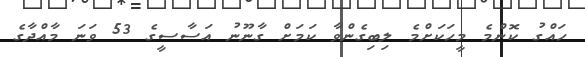
ހައްގު ކޮންމެ މީހަކަށްމެ ލިބިގެންވާ ކަމަށް ގާނޫނު އަސާސީގެ 53 ވަނަ މާއްދާގެ